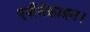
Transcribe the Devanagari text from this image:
एपीनेफ्राइन।